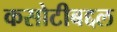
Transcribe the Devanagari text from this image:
कसोटीबद्दल